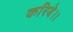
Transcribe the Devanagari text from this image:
करिये।।